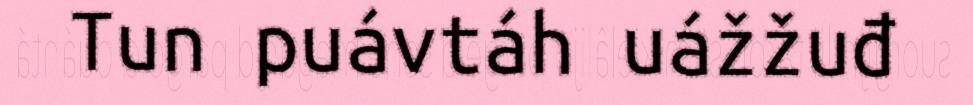
Tun puávtáh uážžuđ